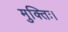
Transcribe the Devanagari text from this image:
मुक्तिः।